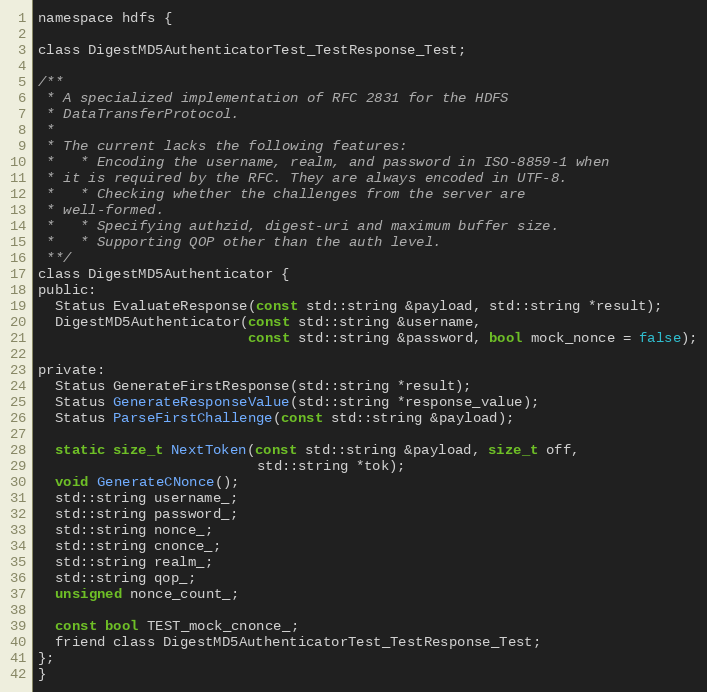
Language: C
namespace hdfs {

class DigestMD5AuthenticatorTest_TestResponse_Test;

/**
 * A specialized implementation of RFC 2831 for the HDFS
 * DataTransferProtocol.
 *
 * The current lacks the following features:
 *   * Encoding the username, realm, and password in ISO-8859-1 when
 * it is required by the RFC. They are always encoded in UTF-8.
 *   * Checking whether the challenges from the server are
 * well-formed.
 *   * Specifying authzid, digest-uri and maximum buffer size.
 *   * Supporting QOP other than the auth level.
 **/
class DigestMD5Authenticator {
public:
  Status EvaluateResponse(const std::string &payload, std::string *result);
  DigestMD5Authenticator(const std::string &username,
                         const std::string &password, bool mock_nonce = false);

private:
  Status GenerateFirstResponse(std::string *result);
  Status GenerateResponseValue(std::string *response_value);
  Status ParseFirstChallenge(const std::string &payload);

  static size_t NextToken(const std::string &payload, size_t off,
                          std::string *tok);
  void GenerateCNonce();
  std::string username_;
  std::string password_;
  std::string nonce_;
  std::string cnonce_;
  std::string realm_;
  std::string qop_;
  unsigned nonce_count_;

  const bool TEST_mock_cnonce_;
  friend class DigestMD5AuthenticatorTest_TestResponse_Test;
};
}